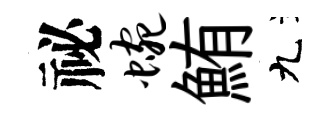
祕蜿鮪九